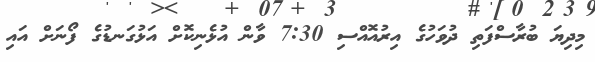
މިދިޔަ ބުރާސްފަތި ދުވަހުގެ އިރުއޮއްސި 7:30 ވާން އުޅެނިކޮށް އަޅުގަަނޑުގެ ފޯނަށް އައި